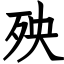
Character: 殃